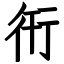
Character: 衎